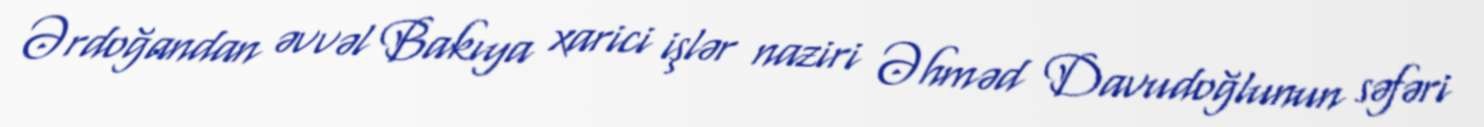
Ərdoğandan əvvəl Bakıya xarici işlər naziri Əhməd Davudoğlunun səfəri